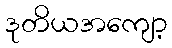
ဒုတိယအကျော့